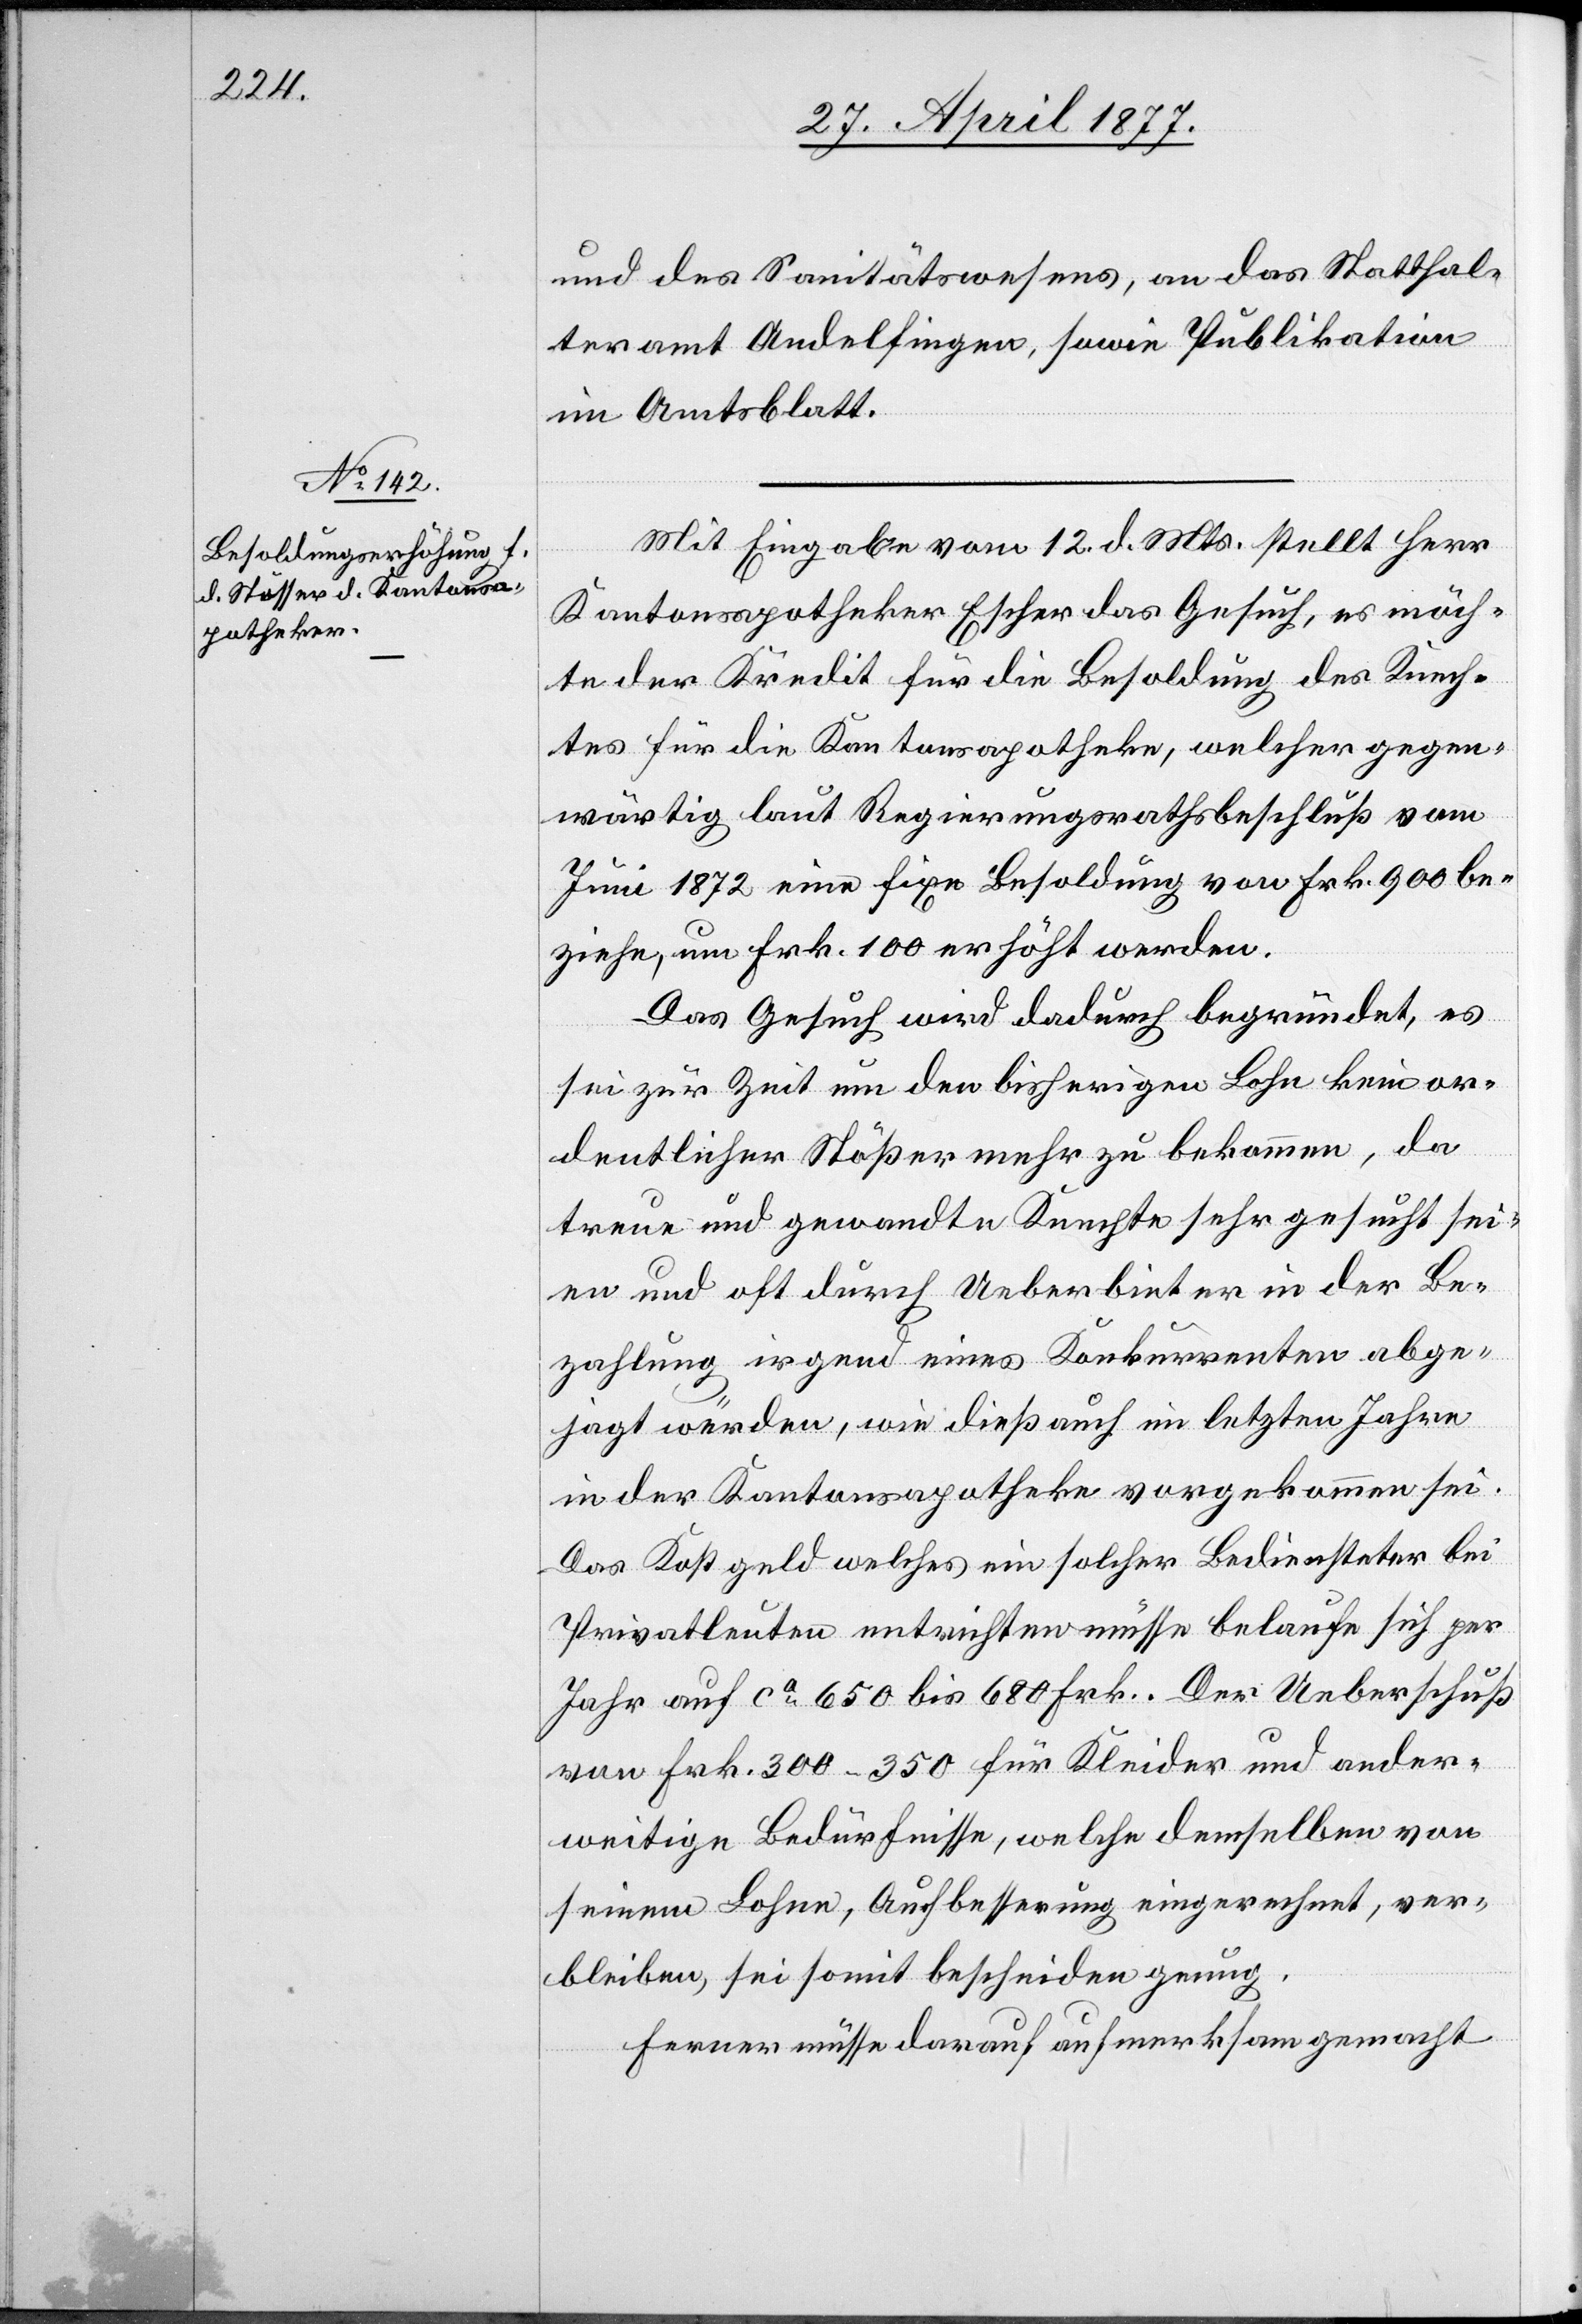
und des Sanitätswesens, an das Statthal¬
teramt Andelfingen, sowie Publikation
im Amtsblatt.
Mit Eingabe vom 12. d. Mts. stellt Herr
Kantonsapotheker Escher das Gesuch, es möch¬
te der Kredit für die Besoldung des Knech¬
tes für die Kantonsapotheke, welcher gegen¬
wärtig laut Regierungsrathsbeschluß vom
Juni 1872 eine fixe Besoldung von Frk. 900 be¬
ziehe, um Frk. 100 erhöht werden.
Das Gesuch wird dadurch begründet, es
sei zur Zeit um den bisherigen Lohn kein or¬
dentlicher Stößer mehr zu bekommen, da
treue und gewandte Knechte sehr gesucht sei¬
en und oft durch Ueberbieter in der Be¬
zahlung irgend eines Konkurrenten abge¬
jagt würden, wie dieß auch im letzten Jahre
in der Kantonsapotheke vorgekommen sei.
Das Kostgeld welches ein solcher Bediensteter bei
Privatleuten entrichten müsse belaufe sich per
Jahr auf ca 650 bis 680 Frk. Der Ueberschuß
von Frk. 300–350 für Kleider und ander¬
weitige Bedürfnisse, welche demselben von
seinem Lohne, Aufbesserung eingerechnet, ver¬
bleiben, sei somit bescheiden genug.
Ferner müsse darauf aufmerksam gemacht